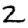
Digit: 2